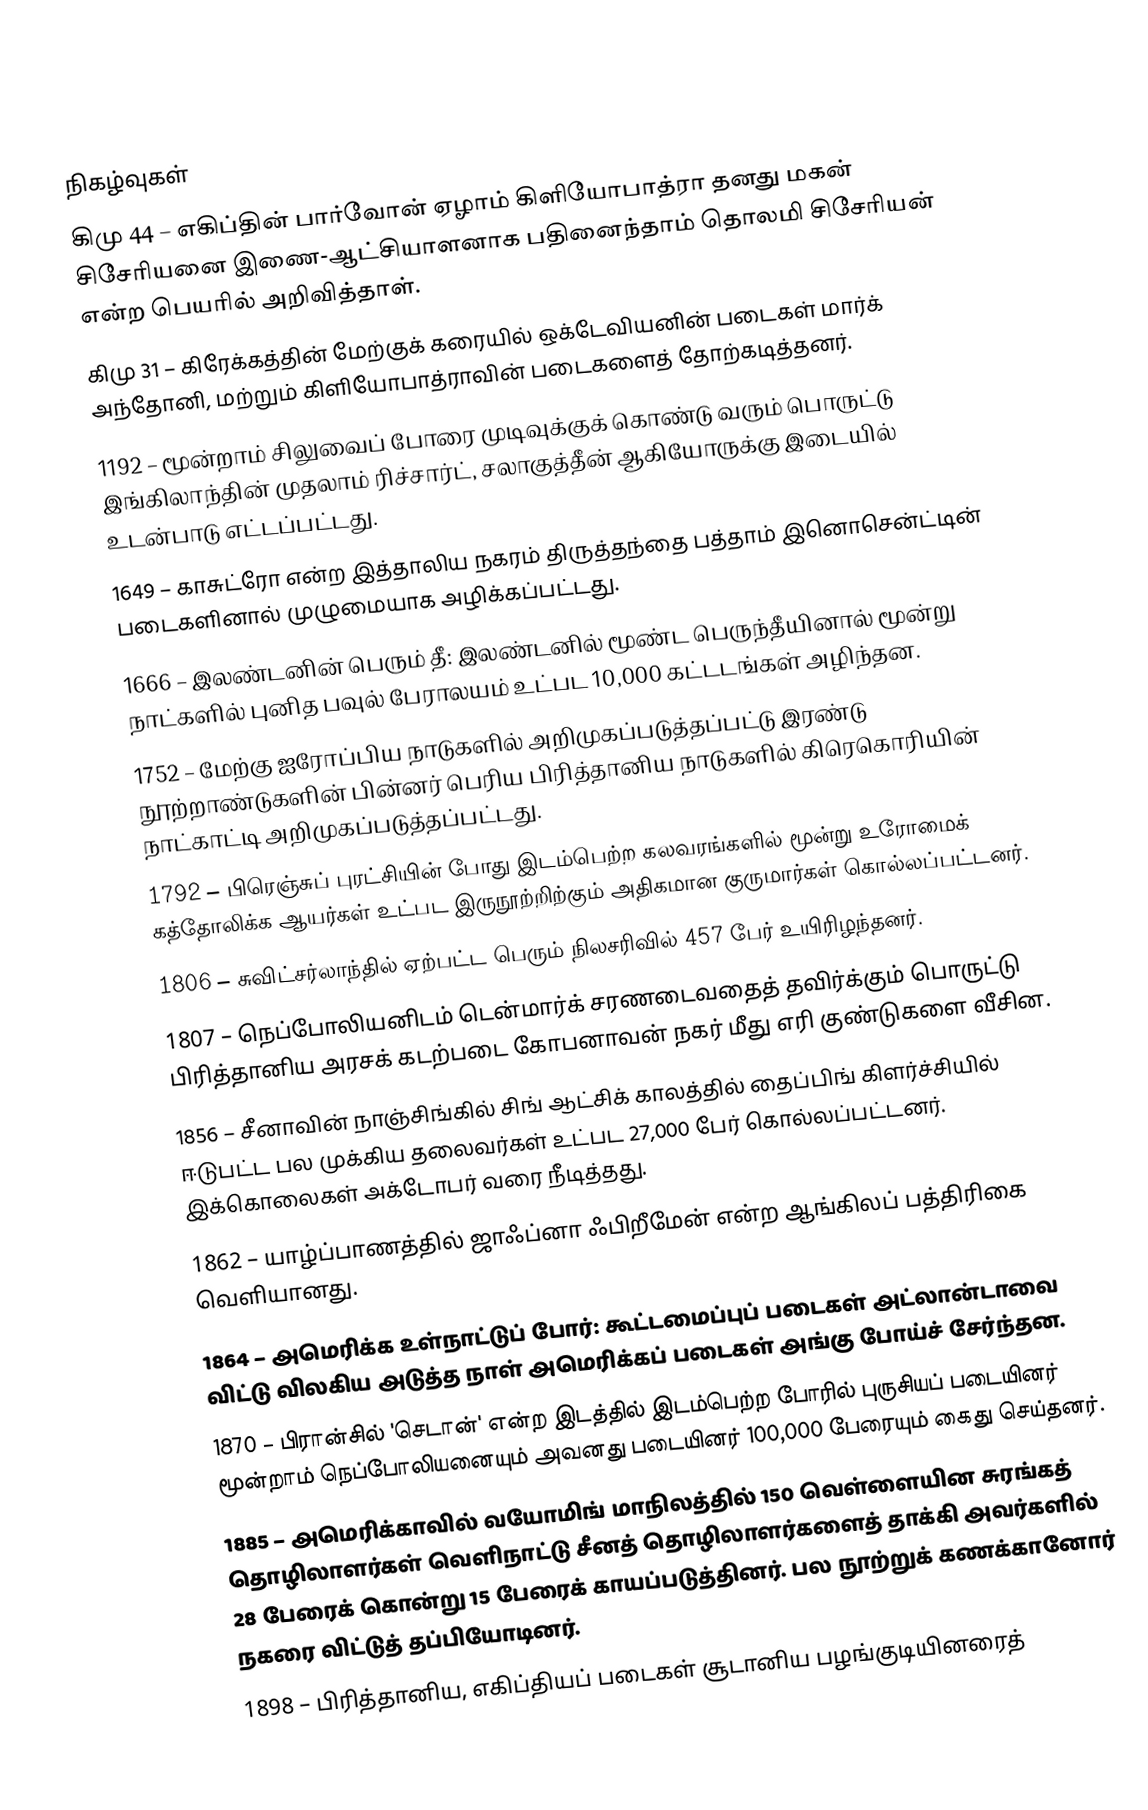

நிகழ்வுகள்
கிமு 44 – எகிப்தின் பார்வோன் ஏழாம் கிளியோபாத்ரா தனது மகன் சிசேரியனை இணை-ஆட்சியாளனாக பதினைந்தாம் தொலமி சிசேரியன் என்ற பெயரில் அறிவித்தாள்.
கிமு 31 – கிரேக்கத்தின் மேற்குக் கரையில் ஒக்டேவியனின் படைகள் மார்க் அந்தோனி, மற்றும் கிளியோபாத்ராவின் படைகளைத் தோற்கடித்தனர்.
1192 – மூன்றாம் சிலுவைப் போரை முடிவுக்குக் கொண்டு வரும் பொருட்டு இங்கிலாந்தின் முதலாம் ரிச்சார்ட், சலாகுத்தீன் ஆகியோருக்கு இடையில் உடன்பாடு எட்டப்பட்டது.
1649 – காசுட்ரோ என்ற இத்தாலிய நகரம் திருத்தந்தை பத்தாம் இனொசென்ட்டின் படைகளினால் முழுமையாக அழிக்கப்பட்டது.
1666 – இலண்டனின் பெரும் தீ: இலண்டனில் மூண்ட பெருந்தீயினால் மூன்று நாட்களில் புனித பவுல் பேராலயம் உட்பட 10,000 கட்டடங்கள் அழிந்தன.
1752 – மேற்கு ஐரோப்பிய நாடுகளில் அறிமுகப்படுத்தப்பட்டு இரண்டு நூற்றாண்டுகளின் பின்னர் பெரிய பிரித்தானிய நாடுகளில் கிரெகொரியின் நாட்காட்டி அறிமுகப்படுத்தப்பட்டது.
1792 – பிரெஞ்சுப் புரட்சியின் போது இடம்பெற்ற கலவரங்களில் மூன்று உரோமைக் கத்தோலிக்க ஆயர்கள் உட்பட இருநூற்றிற்கும் அதிகமான குருமார்கள் கொல்லப்பட்டனர்.
1806 – சுவிட்சர்லாந்தில் ஏற்பட்ட பெரும் நிலசரிவில் 457 பேர் உயிரிழந்தனர்.
1807 – நெப்போலியனிடம் டென்மார்க் சரணடைவதைத் தவிர்க்கும் பொருட்டு பிரித்தானிய அரசக் கடற்படை கோபனாவன் நகர் மீது எரி குண்டுகளை வீசின.
1856 – சீனாவின் நாஞ்சிங்கில் சிங் ஆட்சிக் காலத்தில் தைப்பிங் கிளர்ச்சியில் ஈடுபட்ட பல முக்கிய தலைவர்கள் உட்பட 27,000 பேர் கொல்லப்பட்டனர். இக்கொலைகள் அக்டோபர் வரை நீடித்தது.
1862 – யாழ்ப்பாணத்தில் ஜாஃப்னா ஃபிறீமேன் என்ற ஆங்கிலப் பத்திரிகை வெளியானது.
1864 – அமெரிக்க உள்நாட்டுப் போர்: கூட்டமைப்புப் படைகள் அட்லான்டாவை விட்டு விலகிய அடுத்த நாள் அமெரிக்கப் படைகள் அங்கு போய்ச் சேர்ந்தன.
1870 – பிரான்சில் 'செடான்' என்ற இடத்தில் இடம்பெற்ற போரில் புருசியப் படையினர் மூன்றாம் நெப்போலியனையும் அவனது படையினர் 100,000 பேரையும் கைது செய்தனர்.
1885 – அமெரிக்காவில் வயோமிங் மாநிலத்தில் 150 வெள்ளையின சுரங்கத் தொழிலாளர்கள் வெளிநாட்டு சீனத் தொழிலாளர்களைத் தாக்கி அவர்களில் 28 பேரைக் கொன்று 15 பேரைக் காயப்படுத்தினர். பல நூற்றுக் கணக்கானோர் நகரை விட்டுத் தப்பியோடினர்.
1898 – பிரித்தானிய, எகிப்தியப் படைகள் சூடானிய பழங்குடியினரைத்